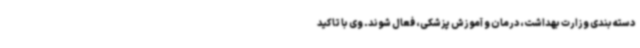
دسته بندی وزارت بهداشت، درمان و آموزش پزشکی، فعال شوند. وی با تاکید